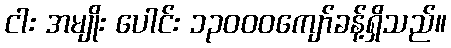
ငါး အမျိုး ပေါင်း ၁၃၀၀၀ကျော်ခန့်ရှိသည်။